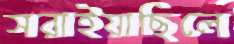
সরাইয়াছিলে